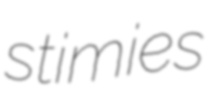
stimies